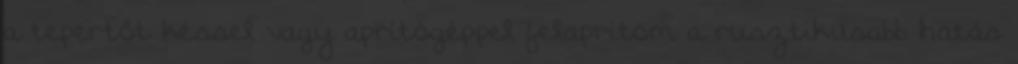
a tepertőt késsel vagy aprítógéppel felaprítom a rusztikusabb hatás